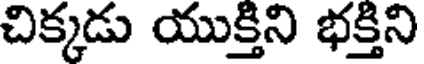
చిక్కడు యుక్తిని భక్తిని